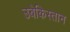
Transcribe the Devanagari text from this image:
उबेकिस्तान